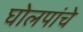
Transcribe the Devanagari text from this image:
घोलपांचे